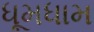
ધૂમધામ